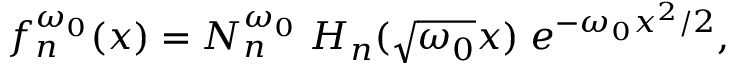
\begin{array} { r } { f _ { n } ^ { \omega _ { 0 } } ( x ) = N _ { n } ^ { \omega _ { 0 } } \; H _ { n } ( \sqrt { \omega _ { 0 } } x ) \; e ^ { - \omega _ { 0 } x ^ { 2 } / 2 } , } \end{array}